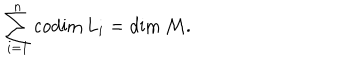
\sum _ { i = 1 } ^ { n } \mathrm { c o d i m } \, L _ { i } = \mathrm { d i m } \, { \cal M } .